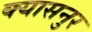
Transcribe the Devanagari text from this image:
क्यासनुर